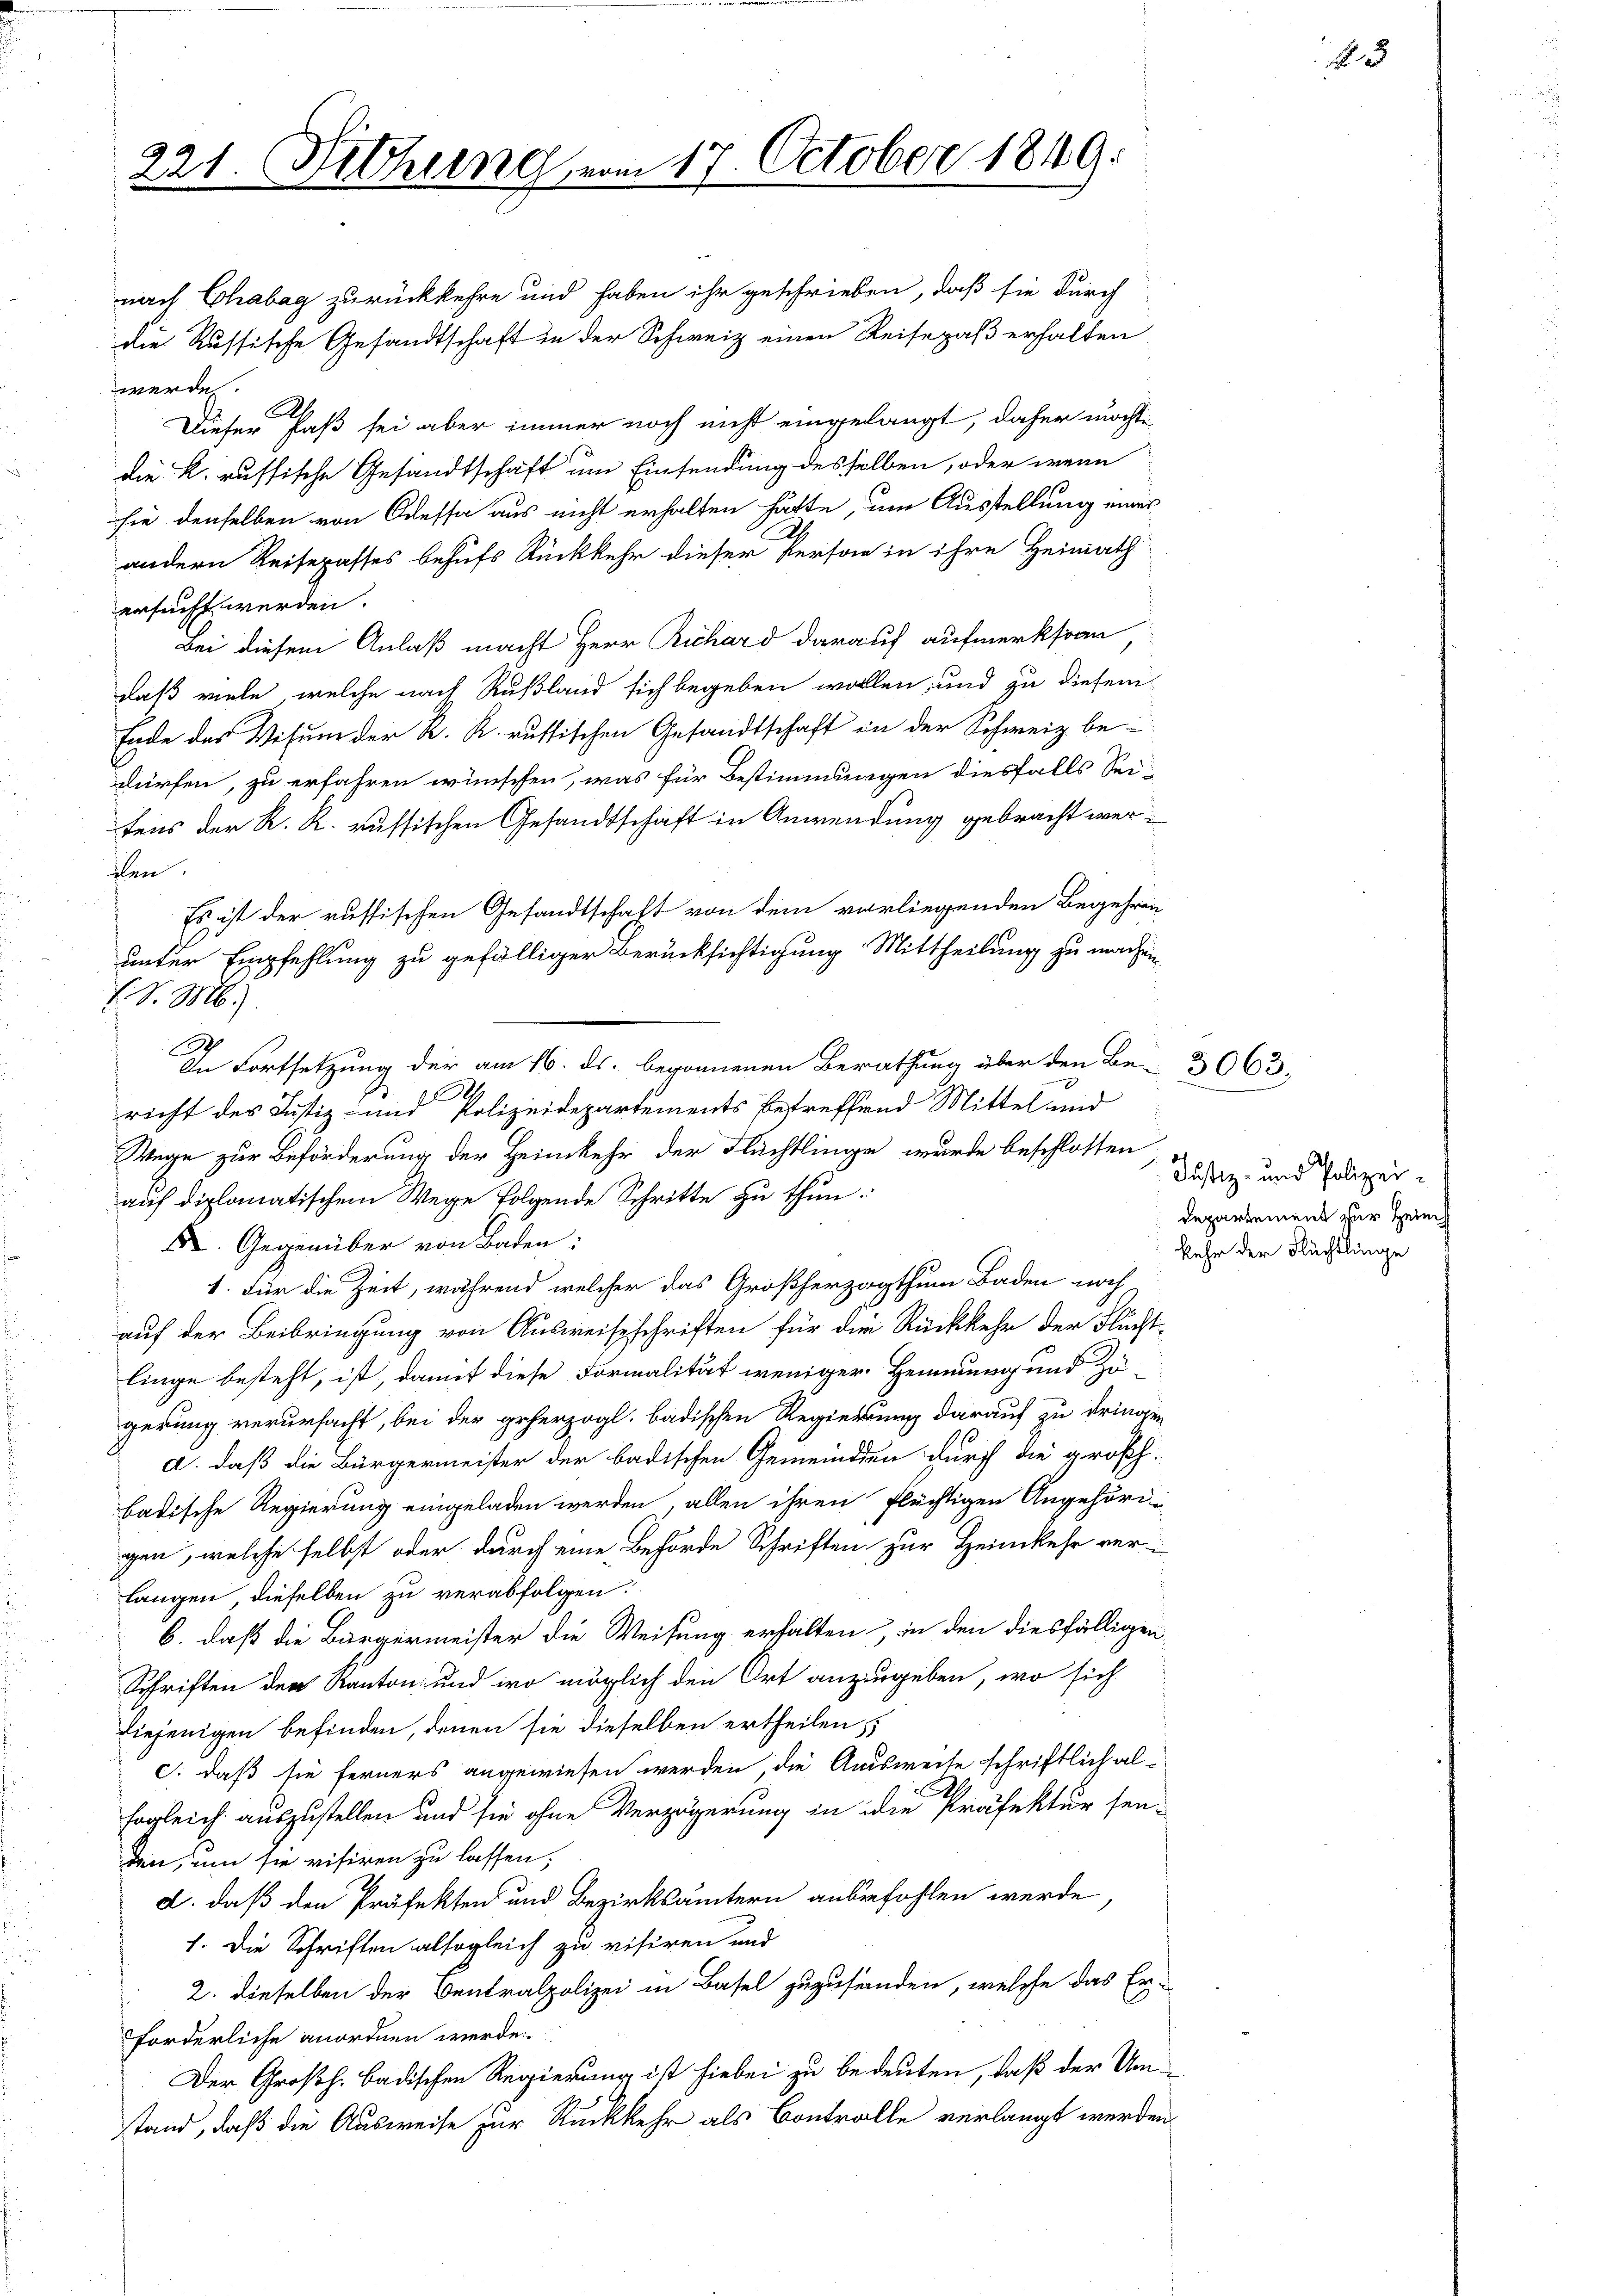
221. Sitzung vom 17. October 1849.

werde.
ersucht werden.
den.
V. d. M.)
x
x
richt des Justiz- und Polizeidepartements betreffend Mittel und
Wege zur Beförderung der Heimkehr der Flüchtlinge wurde beschlossen
auf diplomatischem Wege folgende Schritte zu thun.
X. Gegenüber von Baden:
1. Für die Zeit, während welcher das Großherzogthum Baden noch
auf der Beibringung von Ausweisschriften für die Rückkehr der Flucht-
linge besteht, ist, damit diese Formalität weniger Hemmung und Zugerung verursacht, bei der geherzogl. badischen Regierung darauf zu dringen
a. daß die Bürgermeister der badischen Gemeinden durch die großh.
badische Regierung eingeladen werden, allen ihren flüchtigen Angehördi-
gen, welche selbst oder durch eine Behörde Schriften zur Heimkehr ver-
langen, dieselben zu verabfolgen.
b. daß die Bürgermeister die Weisung erhalten, in den diesfälligen
Schriften der Kanton und wo möglich den Ort anzugeben, wo sich
hiejenigen befinden, denen sie dieselben ertheilen
c. daß sie ferners angewiesen werden, die Ausweite schriftlich alsogleich auszustellen und sie ohne Verzögerung in die Präfektur sen-
den, um sie visiren zu lassen,
a. daß den Präfekten und Bezirksämtern anbefohlen werde,
1. Die Schriften alsogleich zu visiren und
2. dieselben der Centralpolizei in Basel zuzustanden, welche das Er-
forderliche anordnen werde.
Der Großh. badischen Regierung ist hiebei zu bedeuten, daß der Umstand, daß die Ausweise zur Rückkehr als Controlle verlangt werden

nach Chabag zurückkehre und haben ihr geschrieben, daß sie durch
die Russische Gesandtschaft in der Schweiz einen Reisepaß erhalten.
Ab
Dieser Faß sei aber immer noch nicht eingelangt, daher möchte
die k. russische Gesandtschaft um Einsendung desselben, oder wenn
sie denselben von Odessa aus nicht erhalten hätte, um Ausstellung einer
andern Reisepasses behufs Rückkehr dieser Person in ihre Heimath
Bei diesem Anlaß macht Herr Richard darauf aufmerksian,
daß viele, welche nach Rußland sich begeben wollen, und zu diesem
Ende des Visum der K. R. russischen Gesandtschaft in der Schweiz be-
dürfen, zu erfahren wünschen, was für Bestimmungen diesfalls Sei-
tens der R. R. russischen Gesandtschaft in Anwendung gebracht wer¬
Es ist der russischen Gesandtschaft von dem vorliegenden Begehren
unter Empfehlung zu gefälliger Berücksichtigung Mittheilung zu machen.

In Fortsetzung der am 16. ds. begonnenen Berathung über den Be- 3063,

Justiz- und Polizeidepartement zur Hein
kehr der Flüchtlinge

N 5